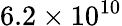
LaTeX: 6.2\times 10^{10}